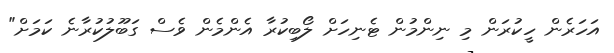
އަހަރެން ހީކުރަން މި ނިންމުން ޓެނިހަށް ލޯބިކުރާ އެންމެން ވެސް ގަބޫލުކުރާނެ ކަމަށް"